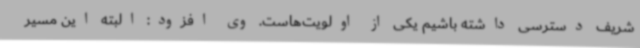
شریف دسترسی داشته باشیم یکی از اولویت‌هاست. وی افزود: البته این مسیر